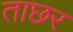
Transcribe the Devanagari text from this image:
ताछर